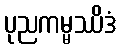
ပုညကမ္မဿိဒံ